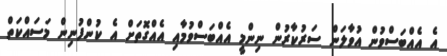
އެ އެއްބަސްވުން އުވާލަން ސަރުކާރުން ނިންމީ އެއްބަސްވުމާއި އެއްގޮތަށް އެ ކުންފުނިން މަސައްކަތް